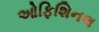
ઓફિશિનલ